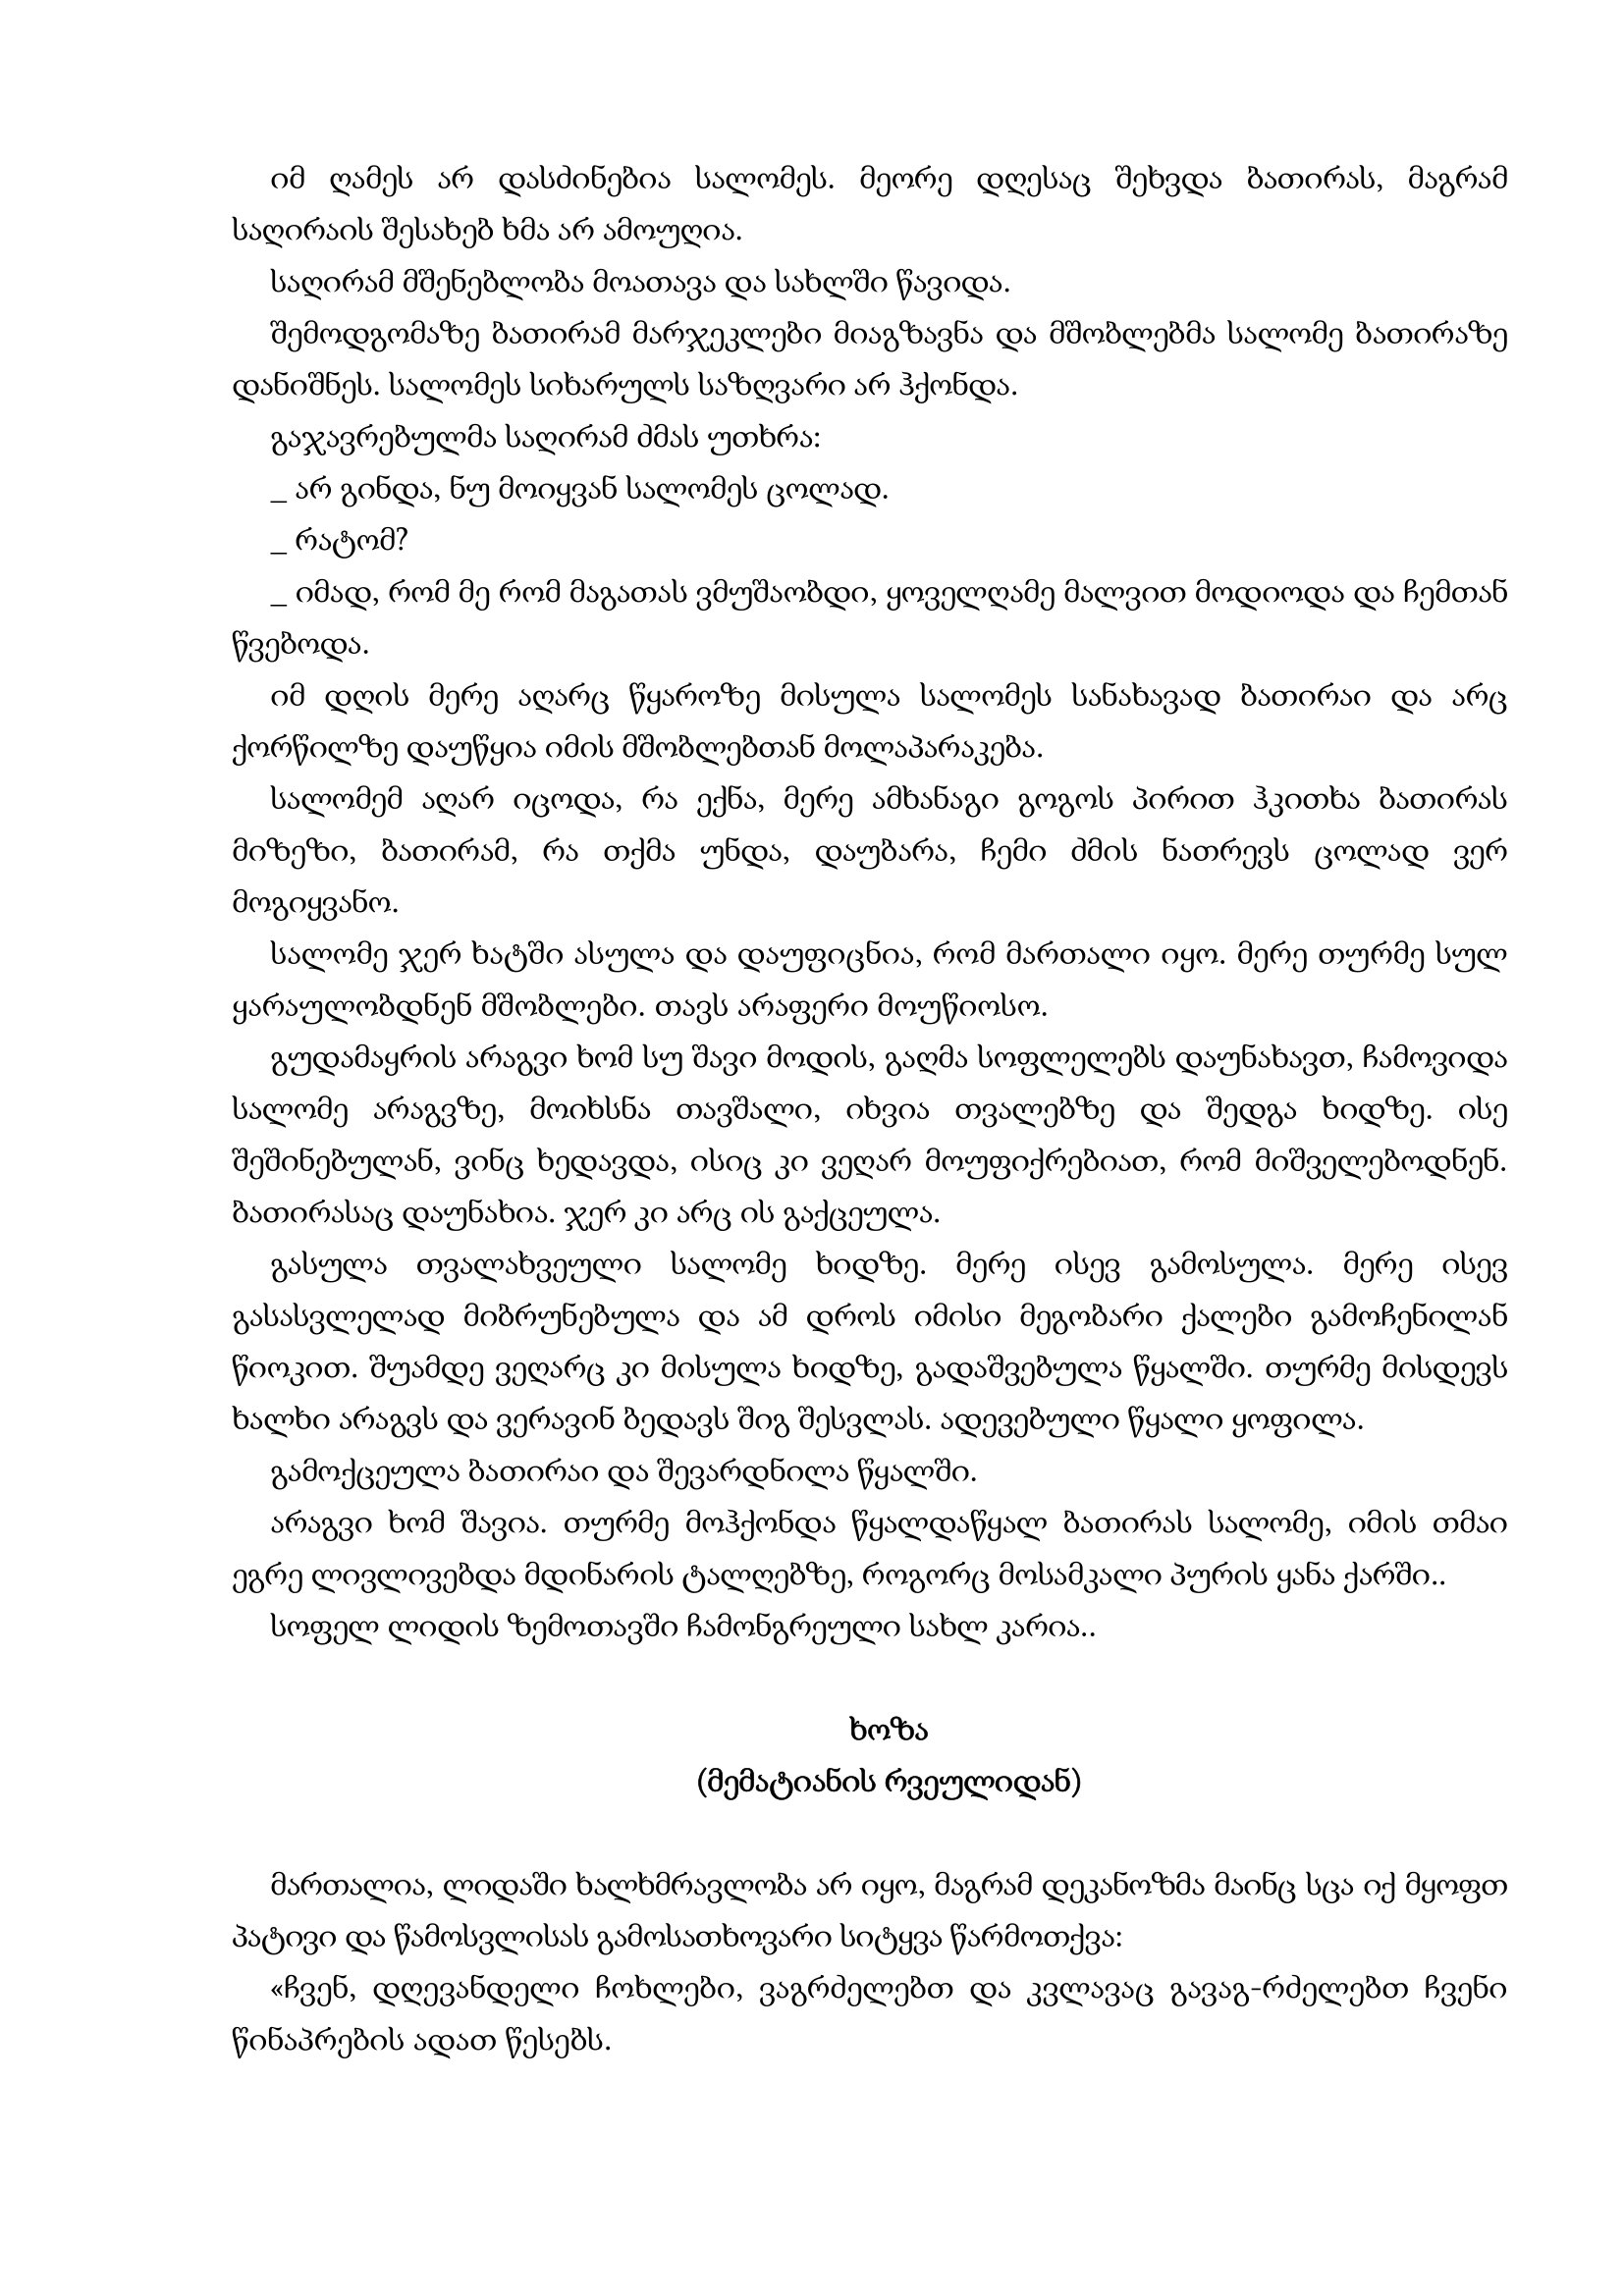
Language: gr